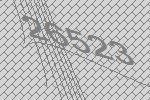
26523